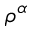
\rho ^ { \alpha }